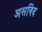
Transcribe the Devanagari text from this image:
असविंद